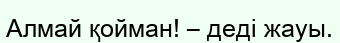
Алмай қойман! – деді жауы.